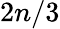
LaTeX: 2n/3